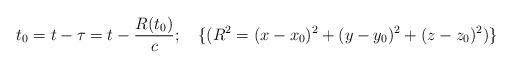
LaTeX: \begin{align*}t_0=t-\tau=t-\frac{R(t_0)}{c};\quad\{(R^2=(x-x_0)^2+(y-y_0)^2+(z-z_0)^2)\}\end{align*}